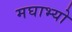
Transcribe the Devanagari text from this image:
मघाभ्यो